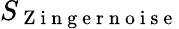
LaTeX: S_{\mathrm{~Z~i~n~g~e~r~n~o~i~s~e~}}